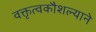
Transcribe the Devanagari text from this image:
वक्तृत्वकौशल्याने